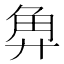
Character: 𰴡